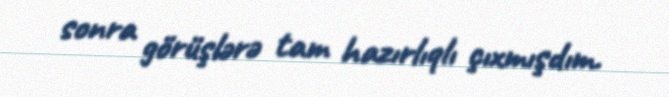
sonra görüşlərə tam hazırlıqlı çıxmışdım.